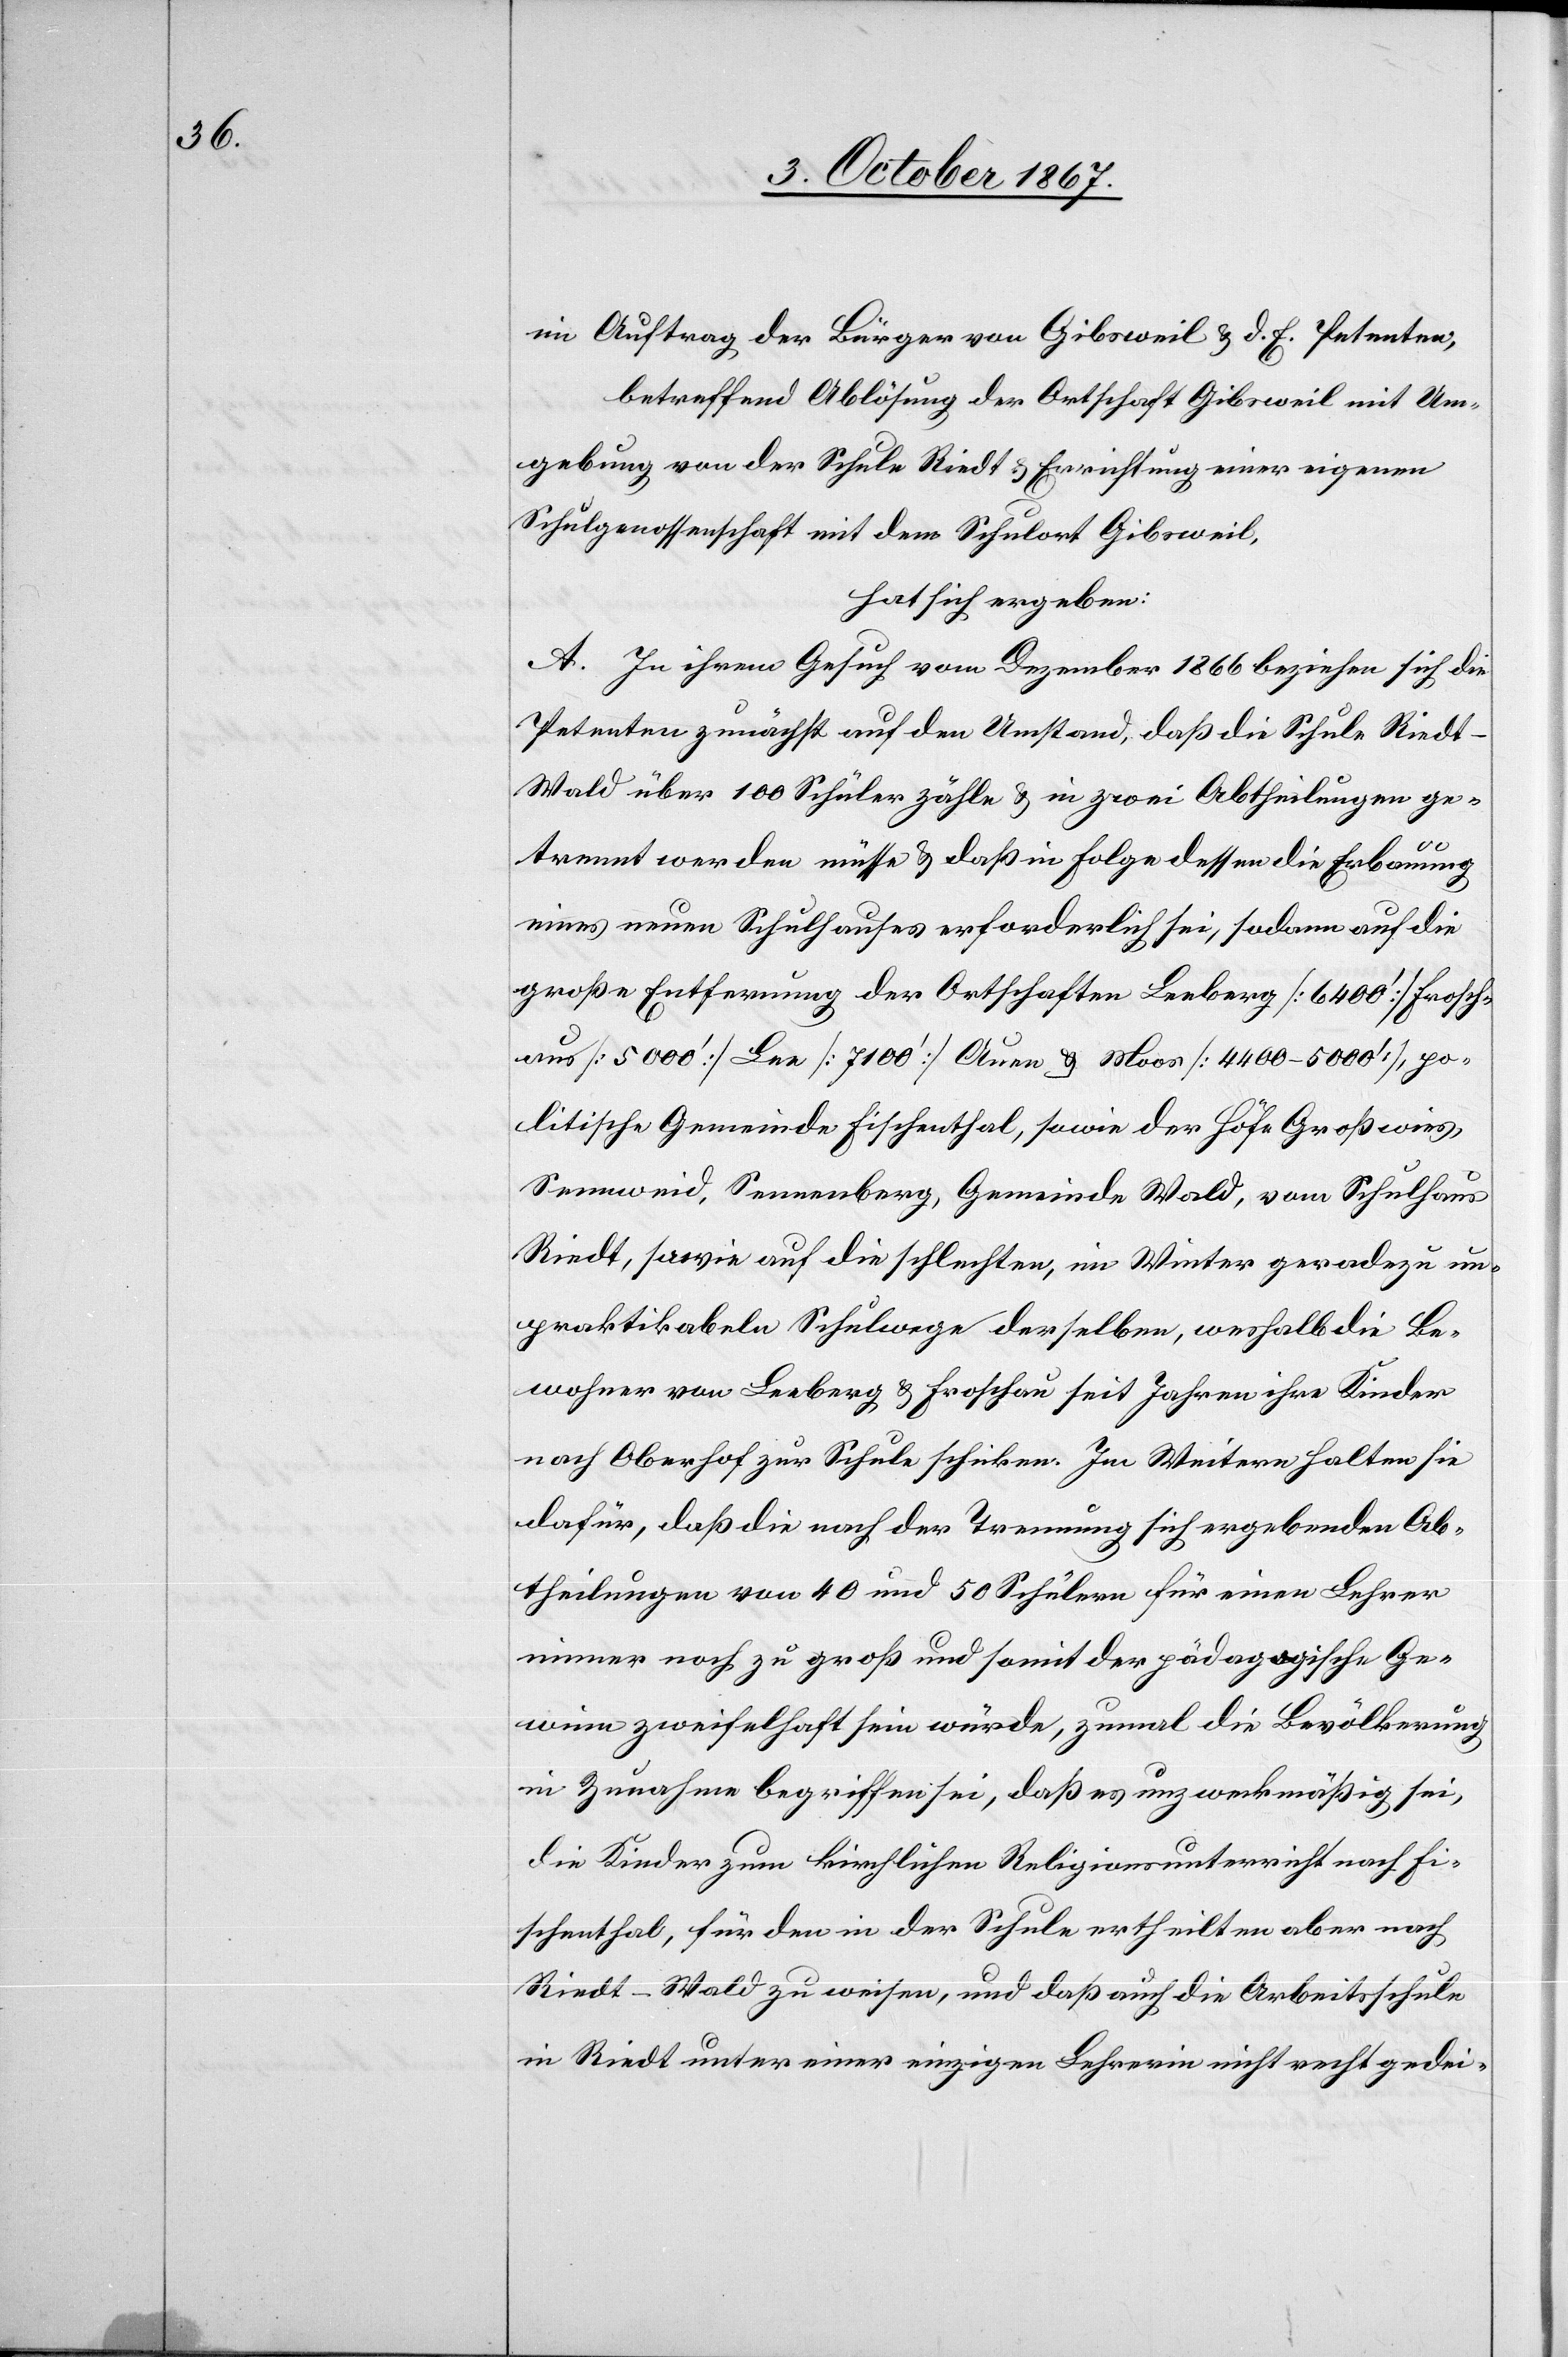
im Auftrag der Bürger von Gibsweil u. d. E. Petenten,
betreffend Ablösung der Ortschaft Gibsweil mit Um¬
gebung von der Schule Riedt u. Errichtung einer eigenen
Schulgenossenschaft mit dem Schulort Gibsweil,
hat sich ergeben:
A. In ihrem Gesuch vom Dezember 1866 beziehen sich die
Petenten zunächst auf den Umstand, daß die Schule Riedt -
Wald über 100 Schüler zähle u. in zwei Abtheilungen ge¬
trennt werden müsse u. daß in Folge dessen die Erbauung
eines neuen Schulhauses erforderlich sei, sodann auf die
große Entfernung der Ortschaften Leeberg [6400‘] Frosch¬
aus [5000‘] Lee [7100‘] Auen u. Moos [4400–5000‘], po¬
litische Gemeinde Fischenthal, sowie der Höfe Großwies,
Sennweid, Sennenberg, Gemeinde Wald, vom Schulhaus
Riedt, sowie auf die schlechten, im Winter geradezu un¬
praktikabeln Schulwege derselben, weshalb die Be¬
wohner von Leeberg u. Froschau seit Jahren ihre Kinder
nach Oberhof zur Schule schicken, Im Weitern halten sie
dafür, daß die nach der Trennung sich ergebenden Ab¬
theilungen von 40 und 50 Schülern für einen Lehrer
immer noch zu groß und somit der pädagogische Ge¬
winn zweifelhaft sein würde, zumal die Bevölkerung
in Zunahme begriffen sei, daß es unzweckmäßig sei,
die Kinder zum kirchlichen Religionsunterricht Fi¬
schenthal, für den in der Schule ertheilten aber nach
Riedt - Wald zu weisen, und daß auch die Arbeitsschule
in Riedt unter einer einzigen Lehrerin nicht recht gedei-